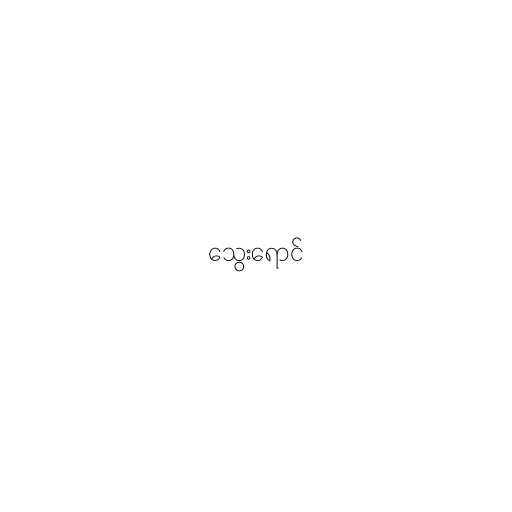
သွေးရောင်